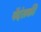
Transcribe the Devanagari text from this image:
पेंदंसकी